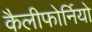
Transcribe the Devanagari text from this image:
कैलीफोर्नियो